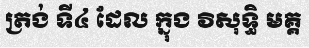
ត្រង់ ទី៤ ដែល ក្នុង វិសុទ្ធិ មគ្គ